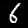
Label: 6